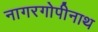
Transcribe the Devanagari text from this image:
नागरगोपीनाथ